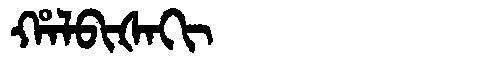
Manchu: ᡥᠠᠯᠪᡳᡧᠠᡴᡳ
Romanization: HALBIŠAKI